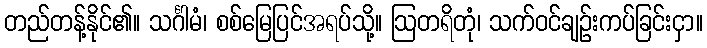
တည်တန့်နိုင်၏။ သင်္ဂါမံ၊ စစ်မြေပြင်အရပ်သို့။ ဩတရိတုံ၊ သက်ဝင်ချဉ်းကပ်ခြင်းငှာ။